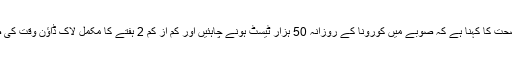
عالمی ادارہ صحت کا کہنا ہے کہ صوبے میں کورونا کے روزانہ 50 ہزار ٹیسٹ ہونے چاہئیں اور کم از کم 2 ہفتے کا مکمل لاک ڈاؤن وقت کی ضرورت ہے۔